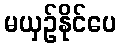
မယှဉ်နိုင်ပေ